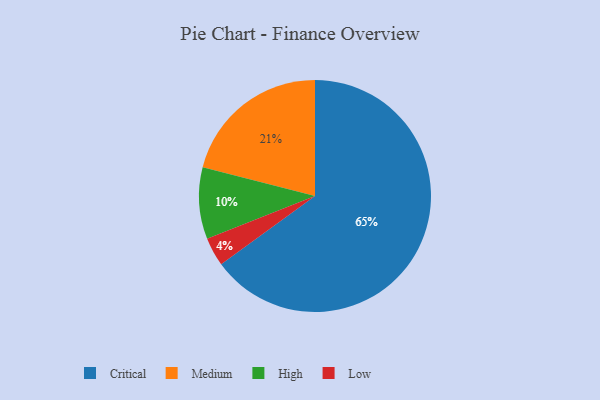
{"axis": {"x": "Category", "y": "Percentage"}, "legend": ["Critical", "High", "Low", "Medium"], "data": [{"x": "Low", "y": 4, "type": "Low"}, {"x": "High", "y": 10, "type": "High"}, {"x": "Medium", "y": 21, "type": "Medium"}, {"x": "Critical", "y": 65, "type": "Critical"}]}